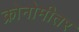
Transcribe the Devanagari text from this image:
क्रोनोमीतर